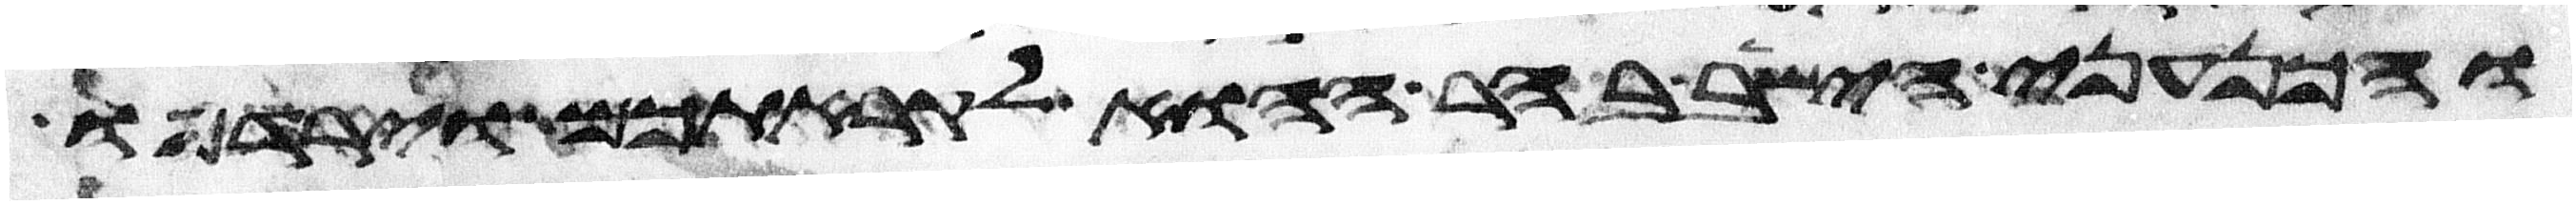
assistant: והכנעני הישב בהר ההוא לקראתכם וירדפו